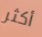
أكثر